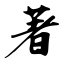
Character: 著